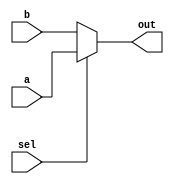
module mux_3_bit(a,b,sel,out);
input [2:0] a;
input [2:0] b;
input sel;

output  reg [2:0]out;

always @(*) 
begin
  out <= sel ?  a : b ;
end
endmodule